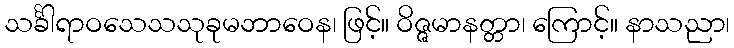
သင်္ခါရာဝသေသသုခုမဘာဝေန၊ ဖြင့်။ ဝိဇ္ဇမာနတ္တာ၊ ကြောင့်။ နာသညာ၊